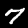
Label: 7